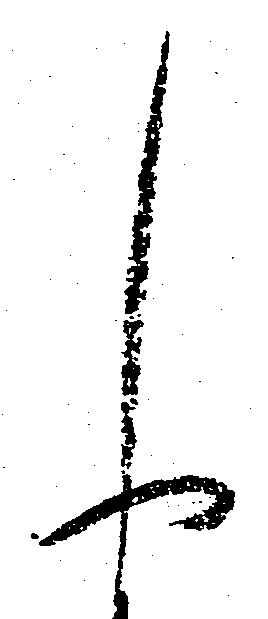
申